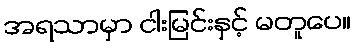
အရသာမှာ ငါးမြင်းနှင့် မတူပေ။